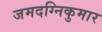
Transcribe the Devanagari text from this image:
जमदग्निकुमार